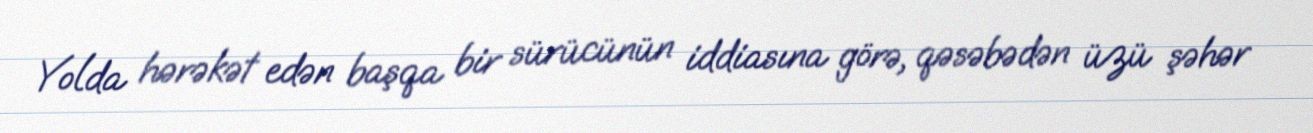
Yolda hərəkət edən başqa bir sürücünün iddiasına görə, qəsəbədən üzü şəhər